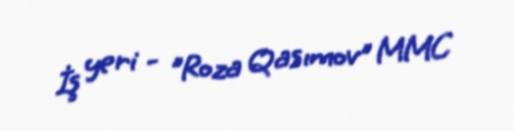
İş yeri - "Roza Qasımov" MMC